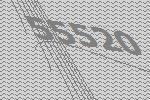
55520